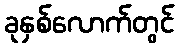
ခုနှစ်လောက်တွင်